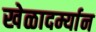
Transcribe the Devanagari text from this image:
खेळादर्म्यान